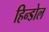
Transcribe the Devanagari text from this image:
हिन्डोल